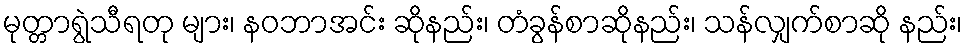
မုတ္တာရွဲသီရတု များ၊ နဝဘာအင်း ဆိုနည်း၊ တံခွန်စာဆိုနည်း၊ သန်လျှက်စာဆို နည်း၊